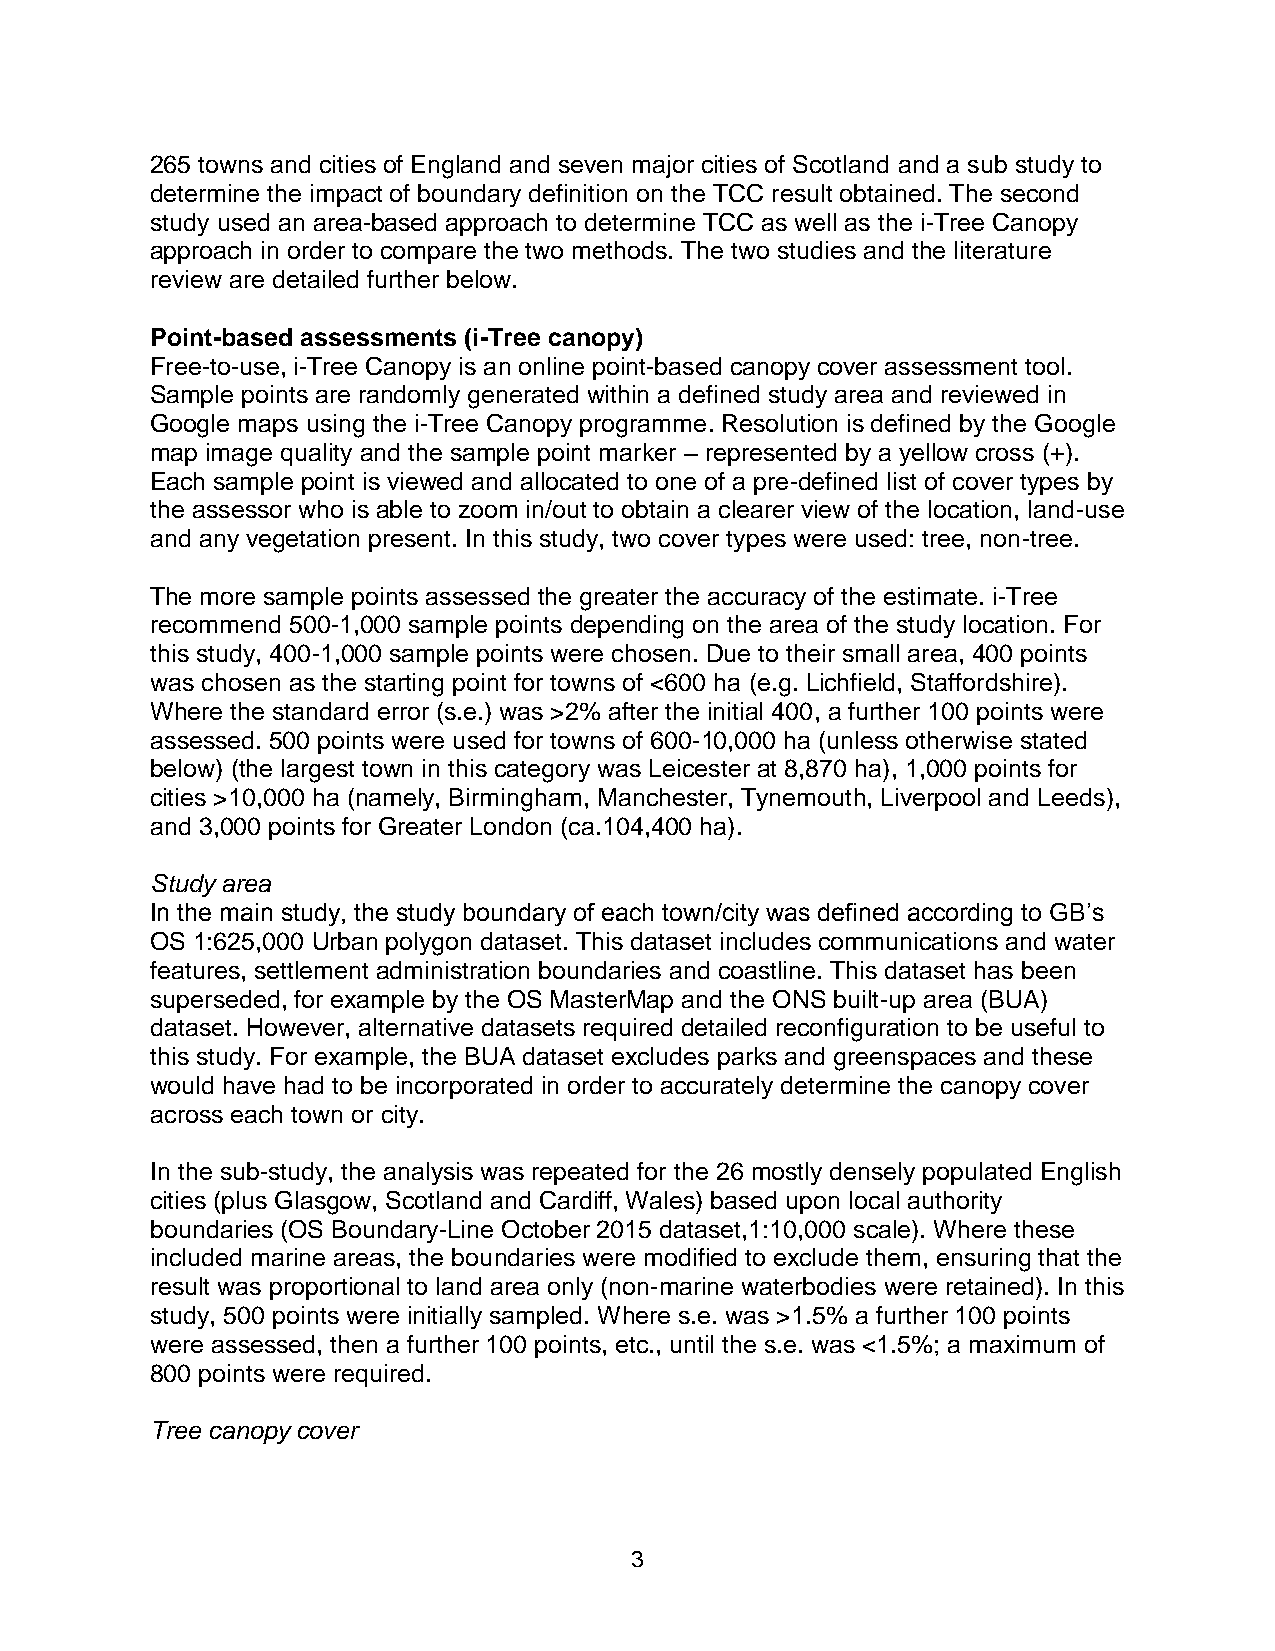
265 towns and cities of England and seven major cities of Scotland and a sub study to
 determine the impact of boundary definition on the TCC result obtained. The second
 study used an area-based approach to determine TCC as well as the i-Tree Canopy
 approach in order to compare the two methods. The two studies and the literature
 review are detailed further below.
 Point-based assessments (i-Tree canopy)
 Free-to-use, i-Tree Canopy is an online point-based canopy cover assessment tool.
 Sample points are randomly generated within a defined study area and reviewed in
 Google maps using the i-Tree Canopy programme. Resolution is defined by the Google
 map image quality and the sample point marker – represented by a yellow cross (+).
 Each sample point is viewed and allocated to one of a pre-defined list of cover types by
 the assessor who is able to zoom in/out to obtain a clearer view of the location, land-use
 and any vegetation present. In this study, two cover types were used: tree, non-tree.
 The more sample points assessed the greater the accuracy of the estimate. i-Tree
 recommend 500-1,000 sample points depending on the area of the study location. For
 this study, 400-1,000 sample points were chosen. Due to their small area, 400 points
 was chosen as the starting point for towns of <600 ha (e.g. Lichfield, Staffordshire).
 Where the standard error (s.e.) was >2% after the initial 400, a further 100 points were
 assessed. 500 points were used for towns of 600-10,000 ha (unless otherwise stated
 below) (the largest town in this category was Leicester at 8,870 ha), 1,000 points for
 cities >10,000 ha (namely, Birmingham, Manchester, Tynemouth, Liverpool and Leeds),
 and 3,000 points for Greater London (ca.104,400 ha).
 Study area
 In the main study, the study boundary of each town/city was defined according to GB’s
 OS 1:625,000 Urban polygon dataset. This dataset includes communications and water
 features, settlement administration boundaries and coastline. This dataset has been
 superseded, for example by the OS MasterMap and the ONS built-up area (BUA)
 dataset. However, alternative datasets required detailed reconfiguration to be useful to
 this study. For example, the BUA dataset excludes parks and greenspaces and these
 would have had to be incorporated in order to accurately determine the canopy cover
 across each town or city.
 In the sub-study, the analysis was repeated for the 26 mostly densely populated English
 cities (plus Glasgow, Scotland and Cardiff, Wales) based upon local authority
 boundaries (OS Boundary-Line October 2015 dataset,1:10,000 scale). Where these
 included marine areas, the boundaries were modified to exclude them, ensuring that the
 result was proportional to land area only (non-marine waterbodies were retained). In this
 study, 500 points were initially sampled. Where s.e. was >1.5% a further 100 points
 were assessed, then a further 100 points, etc., until the s.e. was <1.5%; a maximum of
 800 points were required.
 Tree canopy cover
 3